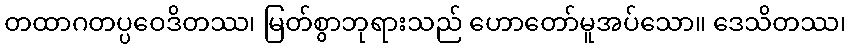
တထာဂတပ္ပဝေဒိတဿ၊ မြတ်စွာဘုရားသည် ဟောတော်မူအပ်သော။ ဒေသိတဿ၊